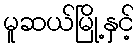
မူဆယ်မြို့နှင့်